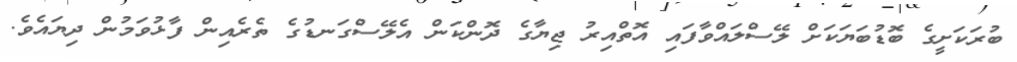
ބުރަކަށީގެ ބޮޑުބަޔަކަށް ލޭސްލައްވާފައި އޮތްއިރު ޖިޔާގެ ދޮންކަން އެލޭސްގަނޑުގެ ތެރެއިން ފާޅުވަމުން ދިޔައެވެ.